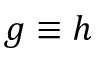
g \equiv h